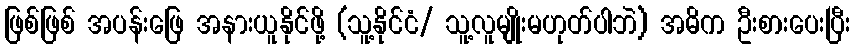
ဖြစ်ဖြစ် အပန်းဖြေ အနားယူနိုင်ဖို့ (သူ့နိုင်ငံ/ သူ့လူမျိုးမဟုတ်ပါဘဲ) အဓိက ဦးစားပေးပြီး